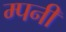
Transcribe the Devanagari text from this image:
म्पनी